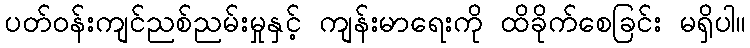
ပတ်ဝန်းကျင်ညစ်ညမ်းမှုနှင့် ကျန်းမာရေးကို ထိခိုက်စေခြင်း မရှိပါ။